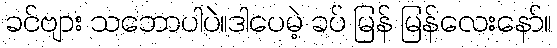
ခင်ဗျား သဘောပါပဲ။ဒါပေမဲ့ ခပ် မြန် မြန်လေးနော်။